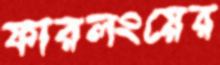
ফারলংয়ের